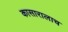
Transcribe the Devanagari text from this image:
कासारालाच